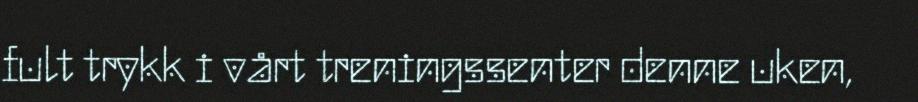
fult trykk i vårt treningssenter denne uken,